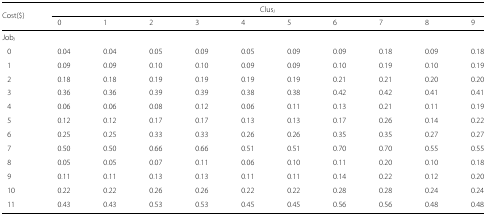
| Cost($) | <COLSPAN=10> Clusi |
 |  | 0 | 1 | 2 | 3 | 4 | 5 | 6 | 7 | 8 | 9 |
 | --- | --- | --- | --- | --- | --- | --- | --- | --- | --- | --- |
 | Jobi |  |  |  |  |  |  |  |  |  |  |
 | 0 | 0.04 | 0.04 | 0.05 | 0.09 | 0.05 | 0.09 | 0.09 | 0.18 | 0.09 | 0.18 |
 | 1 | 0.09 | 0.09 | 0.10 | 0.10 | 0.09 | 0.09 | 0.10 | 0.19 | 0.10 | 0.19 |
 | 2 | 0.18 | 0.18 | 0.19 | 0.19 | 0.19 | 0.19 | 0.21 | 0.21 | 0.20 | 0.20 |
 | 3 | 0.36 | 0.36 | 0.39 | 0.39 | 0.38 | 0.38 | 0.42 | 0.42 | 0.41 | 0.41 |
 | 4 | 0.06 | 0.06 | 0.08 | 0.12 | 0.06 | 0.11 | 0.13 | 0.21 | 0.11 | 0.19 |
 | 5 | 0.12 | 0.12 | 0.17 | 0.17 | 0.13 | 0.13 | 0.17 | 0.26 | 0.14 | 0.22 |
 | 6 | 0.25 | 0.25 | 0.33 | 0.33 | 0.26 | 0.26 | 0.35 | 0.35 | 0.27 | 0.27 |
 | 7 | 0.50 | 0.50 | 0.66 | 0.66 | 0.51 | 0.51 | 0.70 | 0.70 | 0.55 | 0.55 |
 | 8 | 0.05 | 0.05 | 0.07 | 0.11 | 0.06 | 0.10 | 0.11 | 0.20 | 0.10 | 0.18 |
 | 9 | 0.11 | 0.11 | 0.13 | 0.13 | 0.11 | 0.11 | 0.14 | 0.22 | 0.12 | 0.20 |
 | 10 | 0.22 | 0.22 | 0.26 | 0.26 | 0.22 | 0.22 | 0.28 | 0.28 | 0.24 | 0.24 |
 | 11 | 0.43 | 0.43 | 0.53 | 0.53 | 0.45 | 0.45 | 0.56 | 0.56 | 0.48 | 0.48 |